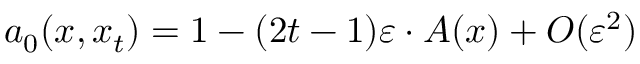
a _ { 0 } ( x , x _ { t } ) = 1 - ( 2 t - 1 ) \varepsilon \cdot A ( x ) + { \cal O } ( \varepsilon ^ { 2 } )